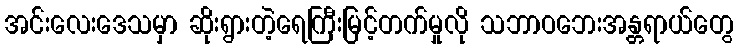
အင်းလေးဒေသမှာ ဆိုးရွားတဲ့ရေကြီးမြင့်တက်မှုလို သဘာဝဘေးအန္တရာယ်တွေ